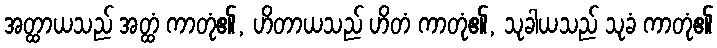
အတ္ထာယသည် အတ္ထံ ကာတုံ၏, ဟိတာယသည် ဟိတံ ကာတုံ၏, သုခါယသည် သုခံ ကာတုံ၏